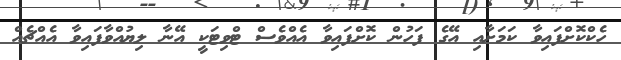
ހެކްކޮށްފައިވާ ކަމަށާއި އޭގެ ފަހުން ކޮށްފައިވާ އެއްވެސް ޓްވިޓަކީ އޭނާ ލިޔުއްވާފައިވާ އެއްޗެއް